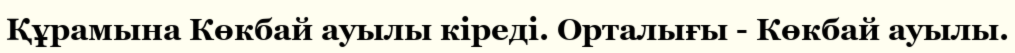
Құрамына Көкбай ауылы кіреді. Орталығы - Көкбай ауылы.